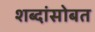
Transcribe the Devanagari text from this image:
शब्दांसोबत